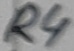
Text: R4